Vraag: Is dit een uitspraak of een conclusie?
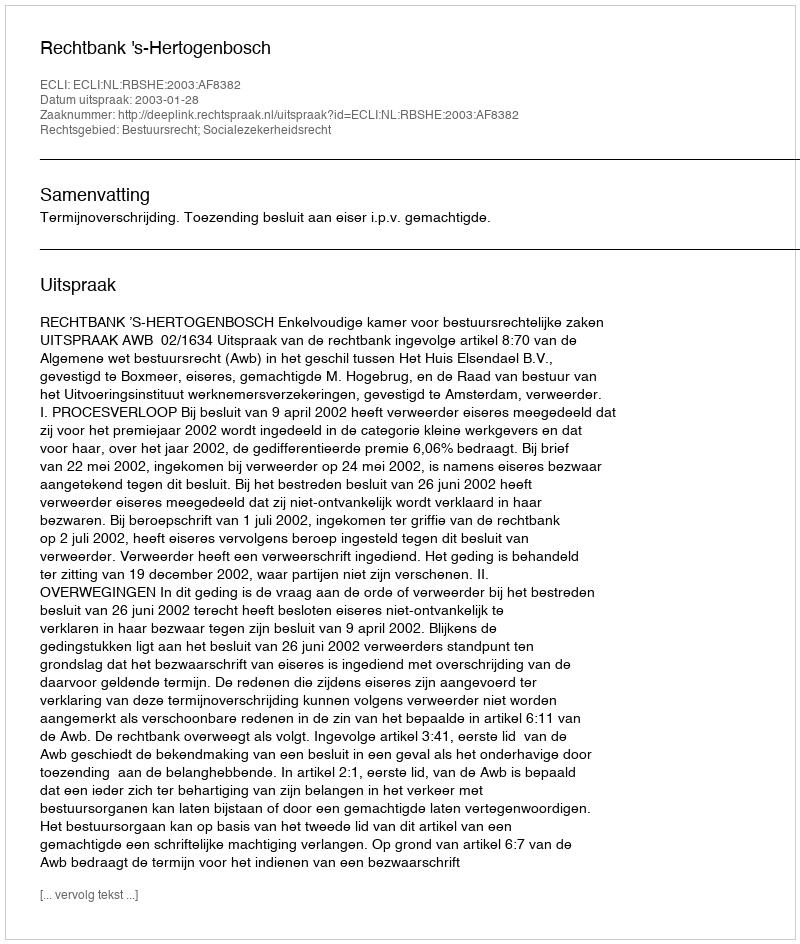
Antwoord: Uitspraak